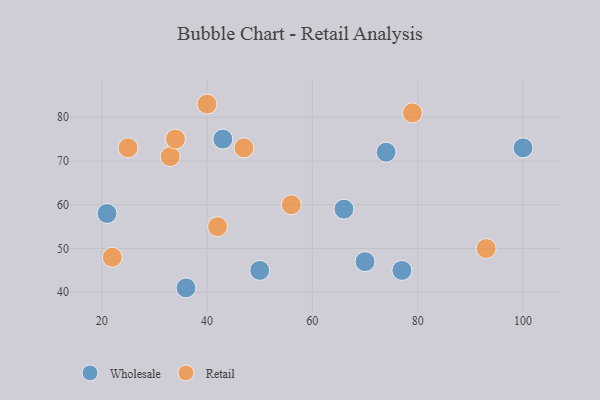
{"axis": {"x": "GDP", "y": "Life Expectancy"}, "legend": ["Retail", "Wholesale"], "data": [{"x": "70", "y": 47, "type": "Wholesale"}, {"x": "50", "y": 45, "type": "Wholesale"}, {"x": "66", "y": 59, "type": "Wholesale"}, {"x": "77", "y": 45, "type": "Wholesale"}, {"x": "21", "y": 58, "type": "Wholesale"}, {"x": "43", "y": 75, "type": "Wholesale"}, {"x": "36", "y": 41, "type": "Wholesale"}, {"x": "74", "y": 72, "type": "Wholesale"}, {"x": "100", "y": 73, "type": "Wholesale"}, {"x": "33", "y": 71, "type": "Retail"}, {"x": "42", "y": 55, "type": "Retail"}, {"x": "79", "y": 81, "type": "Retail"}, {"x": "34", "y": 75, "type": "Retail"}, {"x": "56", "y": 60, "type": "Retail"}, {"x": "93", "y": 50, "type": "Retail"}, {"x": "47", "y": 73, "type": "Retail"}, {"x": "25", "y": 73, "type": "Retail"}, {"x": "22", "y": 48, "type": "Retail"}, {"x": "40", "y": 83, "type": "Retail"}]}